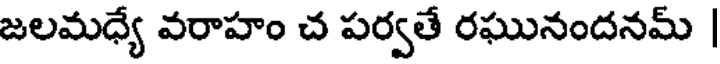
జలమధ్యే వరాహం చ పర్వతే రఘునందనమ్ |